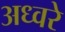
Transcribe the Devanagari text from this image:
अध्वरे